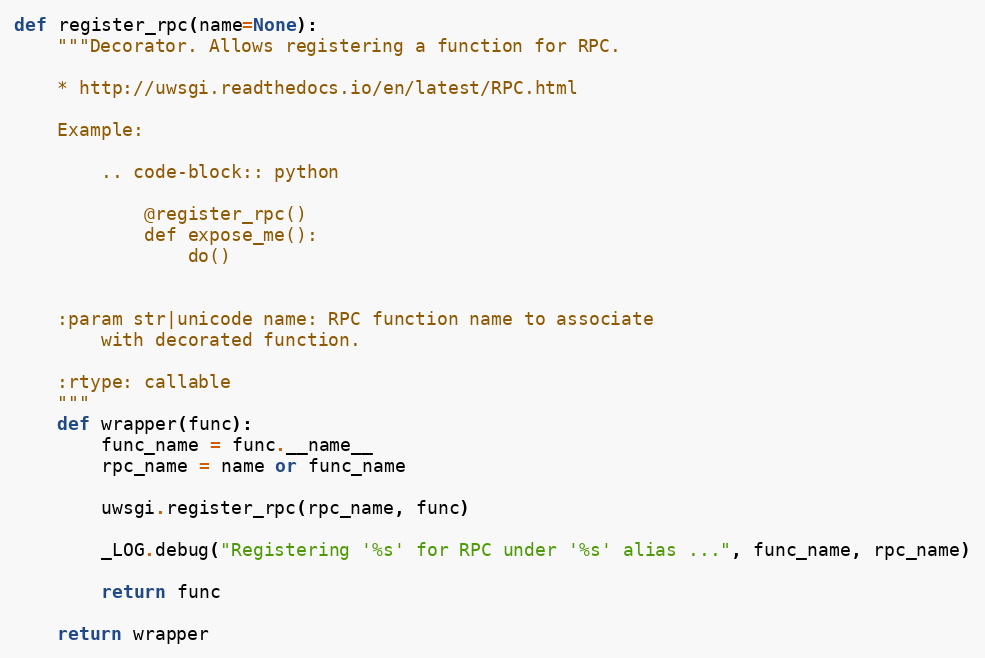
Language: Python
def register_rpc(name=None):
    """Decorator. Allows registering a function for RPC.

    * http://uwsgi.readthedocs.io/en/latest/RPC.html

    Example:

        .. code-block:: python

            @register_rpc()
            def expose_me():
                do()

    :param str|unicode name: RPC function name to associate
        with decorated function.

    :rtype: callable
    """
    def wrapper(func):
        func_name = func.__name__
        rpc_name = name or func_name

        uwsgi.register_rpc(rpc_name, func)

        _LOG.debug("Registering '%s' for RPC under '%s' alias ...", func_name, rpc_name)

        return func

    return wrapper